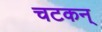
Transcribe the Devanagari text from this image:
चटकन्